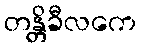
တန္တိခီလကေ